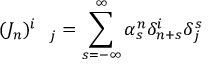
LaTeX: ( J _ { n } ) _ { \quad j } ^ { i } = \sum _ { s = - \infty } ^ { \infty } \alpha _ { s } ^ { n } \delta _ { n + s } ^ { i } \delta _ { j } ^ { s }